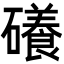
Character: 礢